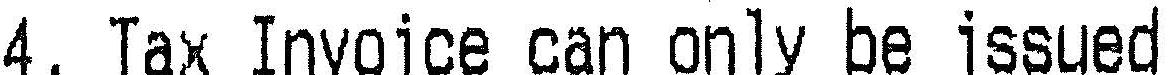
4. TAX INVOICE CAN ONLY BE ISSUED